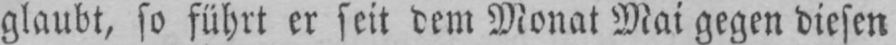
glaubt, so führt er seit dem Monat Mai gegen diesen